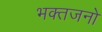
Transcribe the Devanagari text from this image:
भक्तजनो